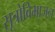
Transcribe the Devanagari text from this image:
सूत्रोविभाजन